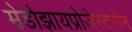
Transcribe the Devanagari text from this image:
म्रेडोझायप्रोजेस्टेरोन